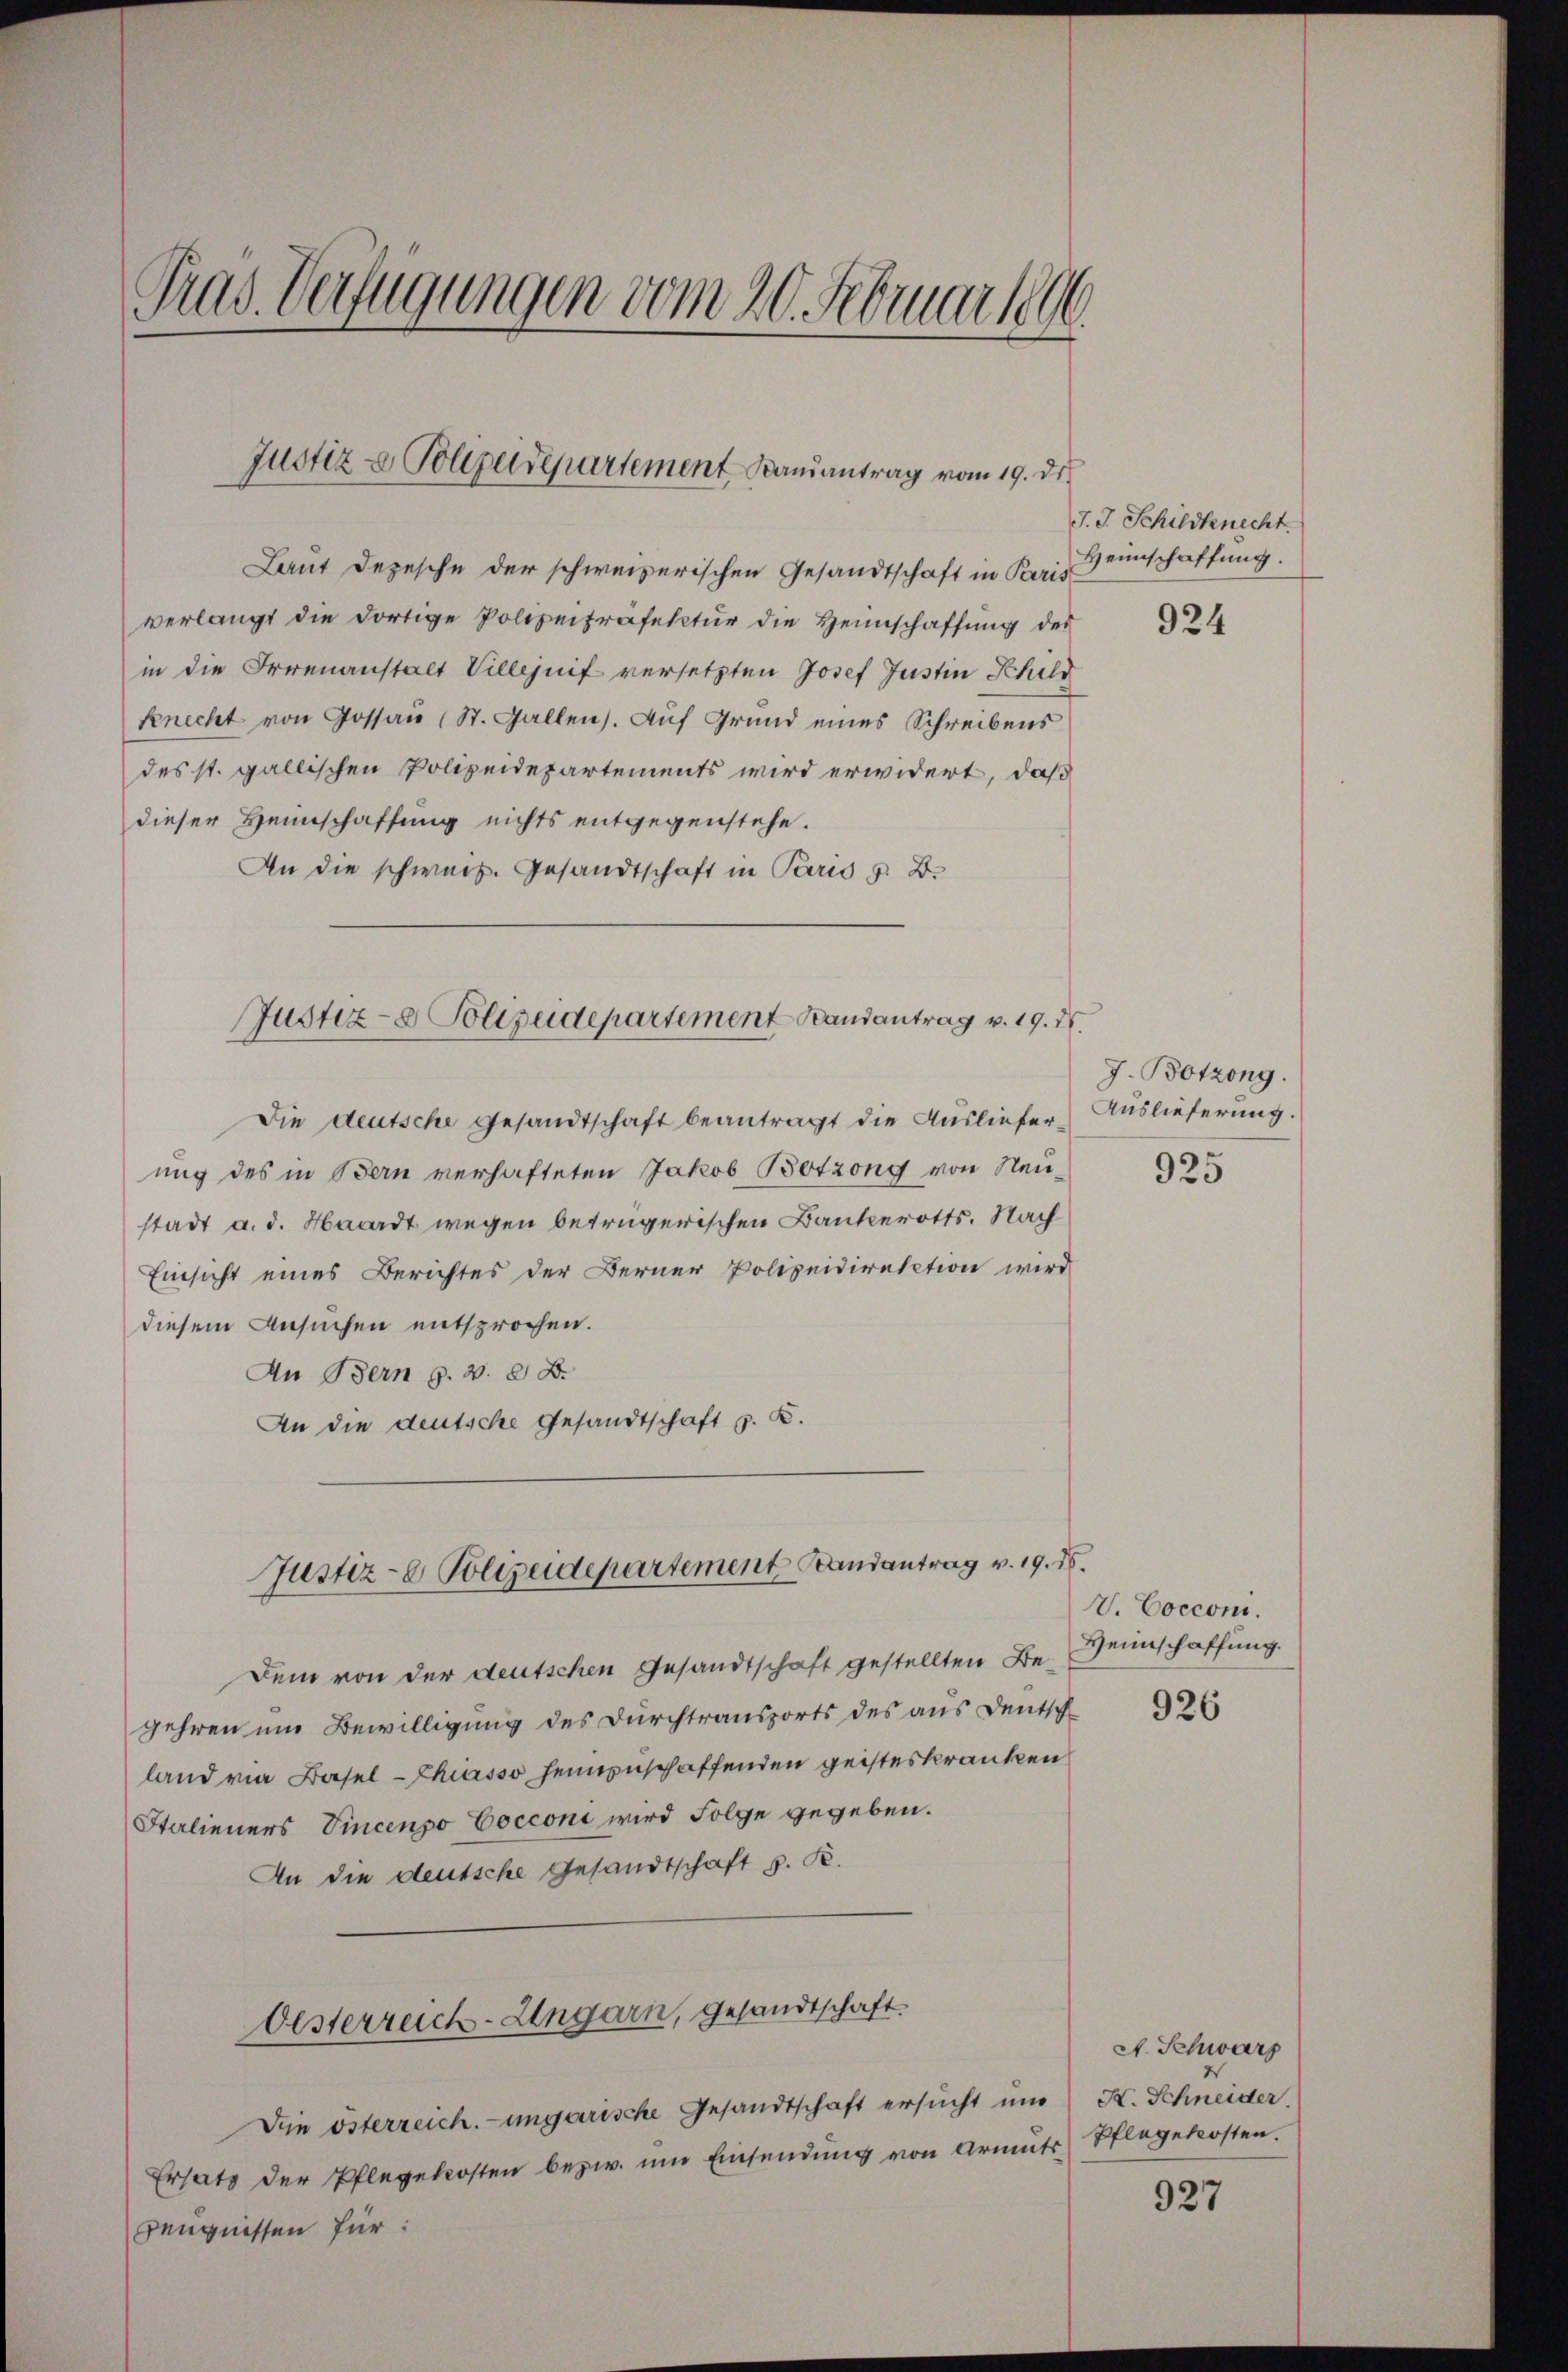
Tras Verfügungen vom 20. Februar 1896.

Justiz & Polizeidepartement Kausantrag vom 19. des

Laut Depesche der schweizerischen Gesandtschaft in Paris
verlangt die dortige Polizeiräfektur die Heimschaffung des
in die Irrenanstalt Villejnif versetzten Josef Justin Schild
Knecht von Gossau (St. Gallen. Auf Grund eines Schreibens
des st. gallischen Polizeidepartements wird erwidert, daß
dieser Heinschaffung nichts entgegenstehe.
An die schweiz. Gesandtschaft in Paris z. B.
Die deutsche Gesandtschaft beantragt die Auslieferung des in Bern verhafteten Jakob Botzong von Neustadt a. d. Hacadt wegen betrügerischen Bankerotts. Nach
Einsicht eines Berichtes der Berner Polizeidirektion wird
diesem Ansuchen entsprochen.
An Bern g. v. 8. B.
An die deutsche Gesandtschaft z. K.
Justiz- & Polizeidepartement Brandantrag v. 19. d.
Dem von der deutschen Gesandtschaft gestellten Begehren um Bewilligung des Durchtransports des aus Deutsch
land via Basel-Chiasso heimzuschaffenden geisteskranken
Italieners Vincenso Cocconi wird Folge gegeben.
An die deutsche Gesandtschaft v. K.
Oesterreich-Ungarn, gesandtschaft.
Die österreich.-ungarische Gesandtschaft ersucht und
Ersatz der Pflegekosten bezw. im Einsendung von Armuts
Zeugnissen für:

Justiz- & Polizeidepartement Randantrag v. 19. X.

J. J. Schildknecht.
Heimschaffung.
924

J. Botzong.
Auslieferung.
925

V. Coccom.
Heimschaffung.

926

A. Schwarz
K. Schneider.
Pflegekosten.

927